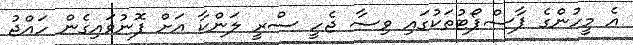
އެ މީހުންގެ ޕާސްޕޯޓުތަކުގައި ވިސާ ޖެހީ ސްރީ ލަންކާ އަށް ފޮނުވައިގެން ހައްޖު